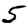
Digit: 5